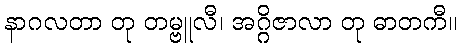
နာဂလတာ တု တမ္ဗူလီ၊ အဂ္ဂိဇာလာ တု ဓာတကီ။